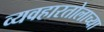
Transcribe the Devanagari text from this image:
व्यवहारतोलाच्या